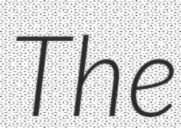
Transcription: The